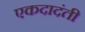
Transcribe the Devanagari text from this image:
एकदादंती